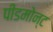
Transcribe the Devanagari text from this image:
पीडमोन्ट